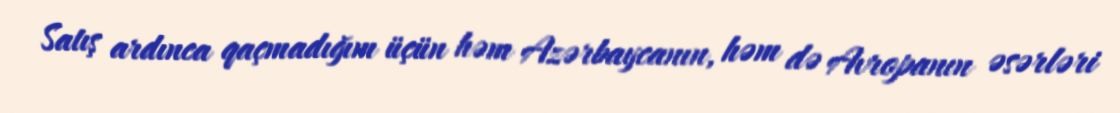
Satış ardınca qaçmadığım üçün həm Azərbaycanın, həm də Avropanın əsərləri